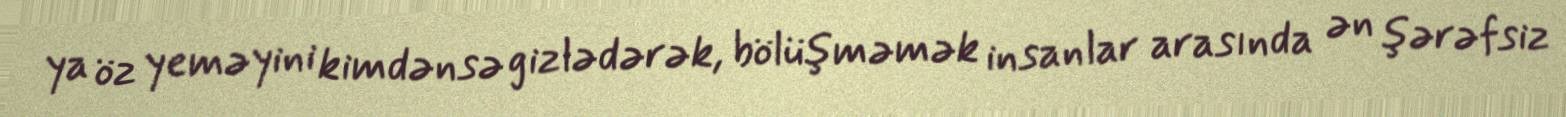
ya öz yeməyini kimdənsə gizlədərək, bölüşməmək insanlar arasında ən şərəfsiz